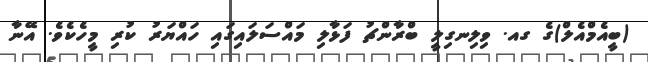
(ބީއެމްއެލް)ގެ ގއ. ވިލިނގިލީ ބްރާންޗު ފަޅާލި މައްސަލައިގައި ހައްޔަރު ކުރި މީހެކެވެ. އޭނާ